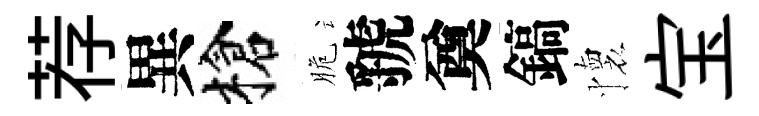
荐異槍脆虢奠鎬懷宝